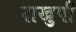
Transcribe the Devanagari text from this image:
नाखुषी